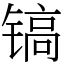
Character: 镐